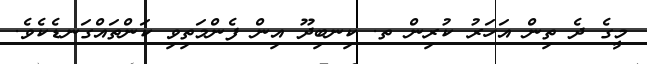
މީގެ ދެ ތިން އަހަރު ކުރިން ތ. ކިނބިދޫ އިން ފެންމަތިވި ކަންތައްގަނޑެކެވެ.